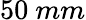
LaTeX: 50~mm